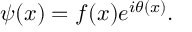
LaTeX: \psi ( x ) = f ( x ) e ^ { i \theta ( x ) } .